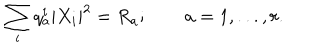
\sum _ { i } q _ { a } ^ { i } | X _ { i } | ^ { 2 } = R _ { a } ; \qquad a = 1 , . . . , r .